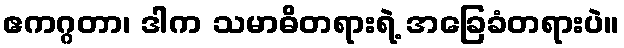
ဧကဂ္ဂတာ၊ ဒါက သမာဓိတရားရဲ့ အခြေခံတရားပဲ။